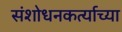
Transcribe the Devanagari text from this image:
संशोधनकर्त्याच्या